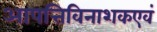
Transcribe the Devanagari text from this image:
आपत्तिविनाशकएवं